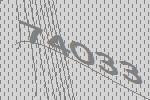
74033